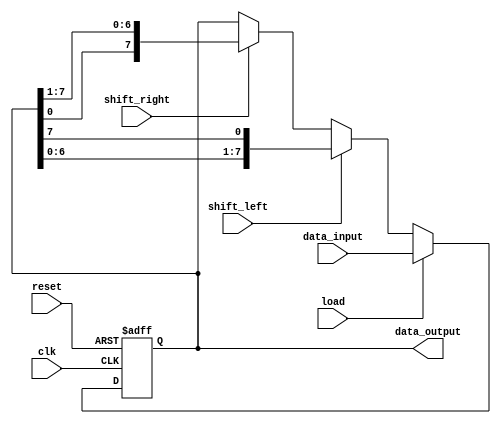
module ShiftRegister (
    input wire clk,
    input wire reset,
    input wire shift_left,
    input wire shift_right,
    input wire load,
    input wire [7:0] data_input,
    output reg [7:0] data_output
);

reg [7:0] shift_reg;

always @(posedge clk or posedge reset) begin
    if (reset) begin
        shift_reg <= 8'b00000000;
    end else begin
        if (load) begin
            shift_reg <= data_input;
        end else begin
            if (shift_left) begin
                shift_reg <= {shift_reg[6:0], shift_reg[7]};
            end else if (shift_right) begin
                shift_reg <= {shift_reg[0], shift_reg[7:1]};
            end
        end
    end
end

assign data_output = shift_reg;

endmodule